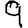
Digit: 9